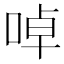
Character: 啅